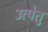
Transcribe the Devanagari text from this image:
उत्पेतु